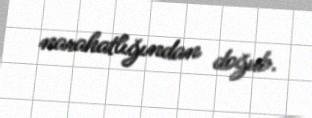
narahatlığından doğub.